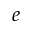
e